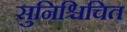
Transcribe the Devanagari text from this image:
सुनिश्चिचित